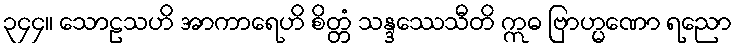
၃၄၄။ သောဠသဟိ အာကာရေဟိ စိတ္တံ သန္ဒဿေသီတိ ဣဓ ဗြာဟ္မဏော ရညော